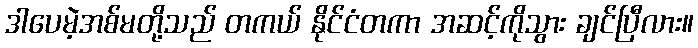
ဒါပေမဲ့အစ်မတို့သည် တကယ် နိုင်ငံတကာ အဆင့်ကိုသွား ချင်ပြီလား။